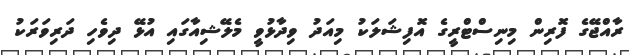
ރާއްޖޭގެ ފޮރިން މިނިސްޓްރީގެ އޮފިޝަލަކު މިއަދު ވިދާޅުވީ މެލޭޝިއާގައި އުޅޭ ދިވެހި ދަރިވަރަކު